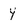
Character: 4